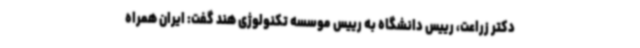
دکتر زراعت، رییس دانشگاه به رییس موسسه تکنولوژی هند گفت: ایران همراه